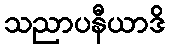
သညာပနီယာဒိ